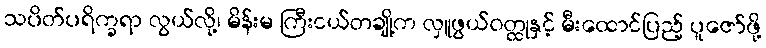
သပိတ်ပရိက္ခရာ လွယ်လို့၊ မိန်းမ ကြီးငယ်တချို့က လှူဖွယ်ဝတ္ထုနှင့် မီးထောင်ပြည့် ပူဇော်ဖို့